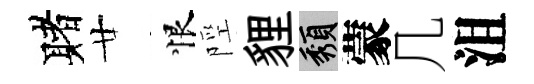
赌廿恨陘貍頽蒙几沮